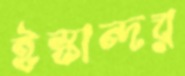
ইস্কান্দর